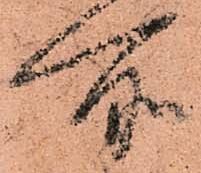
所